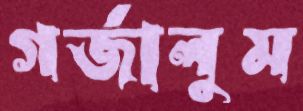
গর্‌জালুম